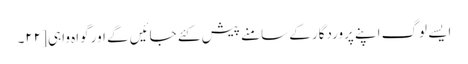
ایسے لوگ اپنے پروردگار کے سامنے پیش کئے جائیں گے اور گواہ واہی [٢٢۔